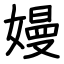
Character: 嫚